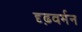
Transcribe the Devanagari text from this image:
दृढ़वर्मन